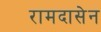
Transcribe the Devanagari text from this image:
रामदासेन